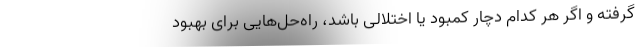
گرفته و اگر هر کدام دچار کمبود یا اختلالی باشد، راه‌حل‌هایی برای بهبود